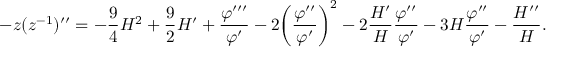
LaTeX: - z ( z ^ { - 1 } ) ^ { \prime \prime } = - \frac { 9 } { 4 } { \cal H } ^ { 2 } + \frac { 9 } { 2 } { \cal H } ^ { \prime } + \frac { \varphi ^ { \prime \prime \prime } } { \varphi ^ { \prime } } - 2 \biggl ( \frac { \varphi ^ { \prime \prime } } { \varphi ^ { \prime } } \biggr ) ^ { 2 } - 2 \frac { { \cal H } ^ { \prime } } { \cal H } \frac { \varphi ^ { \prime \prime } } { \varphi ^ { \prime } } - 3 { \cal H } \frac { \varphi ^ { \prime \prime } } { \varphi ^ { \prime } } - \frac { { \cal H } ^ { \prime \prime } } { \cal H } .